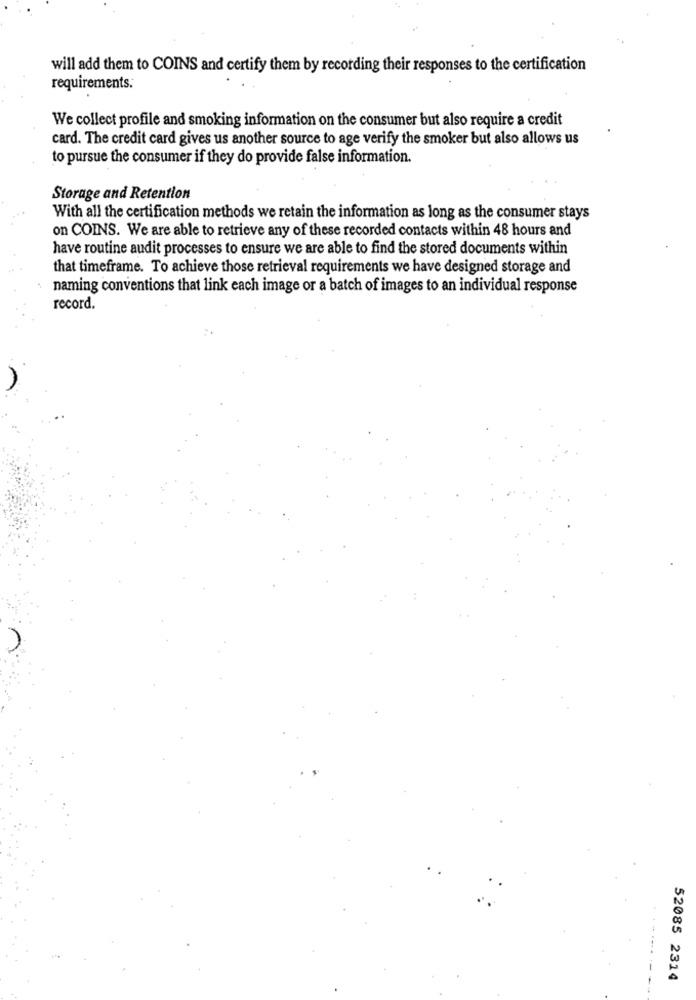
will add them to COINS and certify them by recording their responses to the certification
requirements.
We collect profile and smoking information on the consumer but also require a credit
card. The credit card gives us another source to age verify the smoker but also allows us
to pursue the consumer if they do provide false information.
Storage and Retention
With all the certification methods we retain the information as long as the consumer stays
on COINS. We are able to retrieve any of these recorded contacts within 48 hours and
have routine audit processes to ensure we are able to find the stored documents within
that timeframe. To achieve those retrieval requirements we have designed storage and
naming conventions that link each image or a batch of images to an individual response
record.
52085 2314